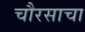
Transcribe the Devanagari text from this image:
चौरसाचा